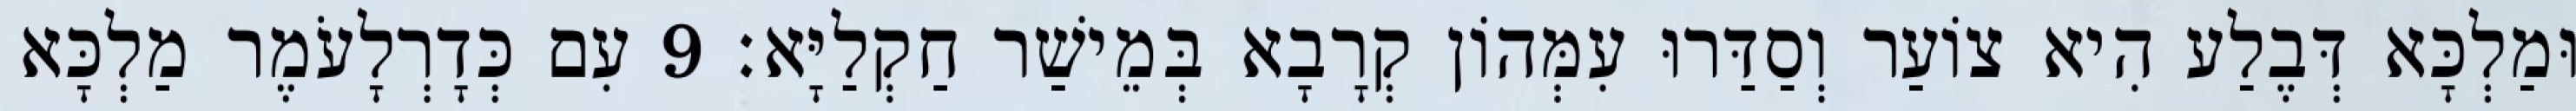
וּמַלְכָּא דְּבֶלַע הִיא צוֹעַר וְסַדַּרוּ עִמְּהוֹן קְרָבָא בְּמֵישַׁר חַקְלַיָּא׃ 9 עִם כְּדָרְלָעֹמֶר מַלְכָּא